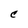
Character: C